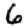
Digit: 6